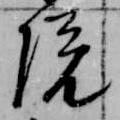
院